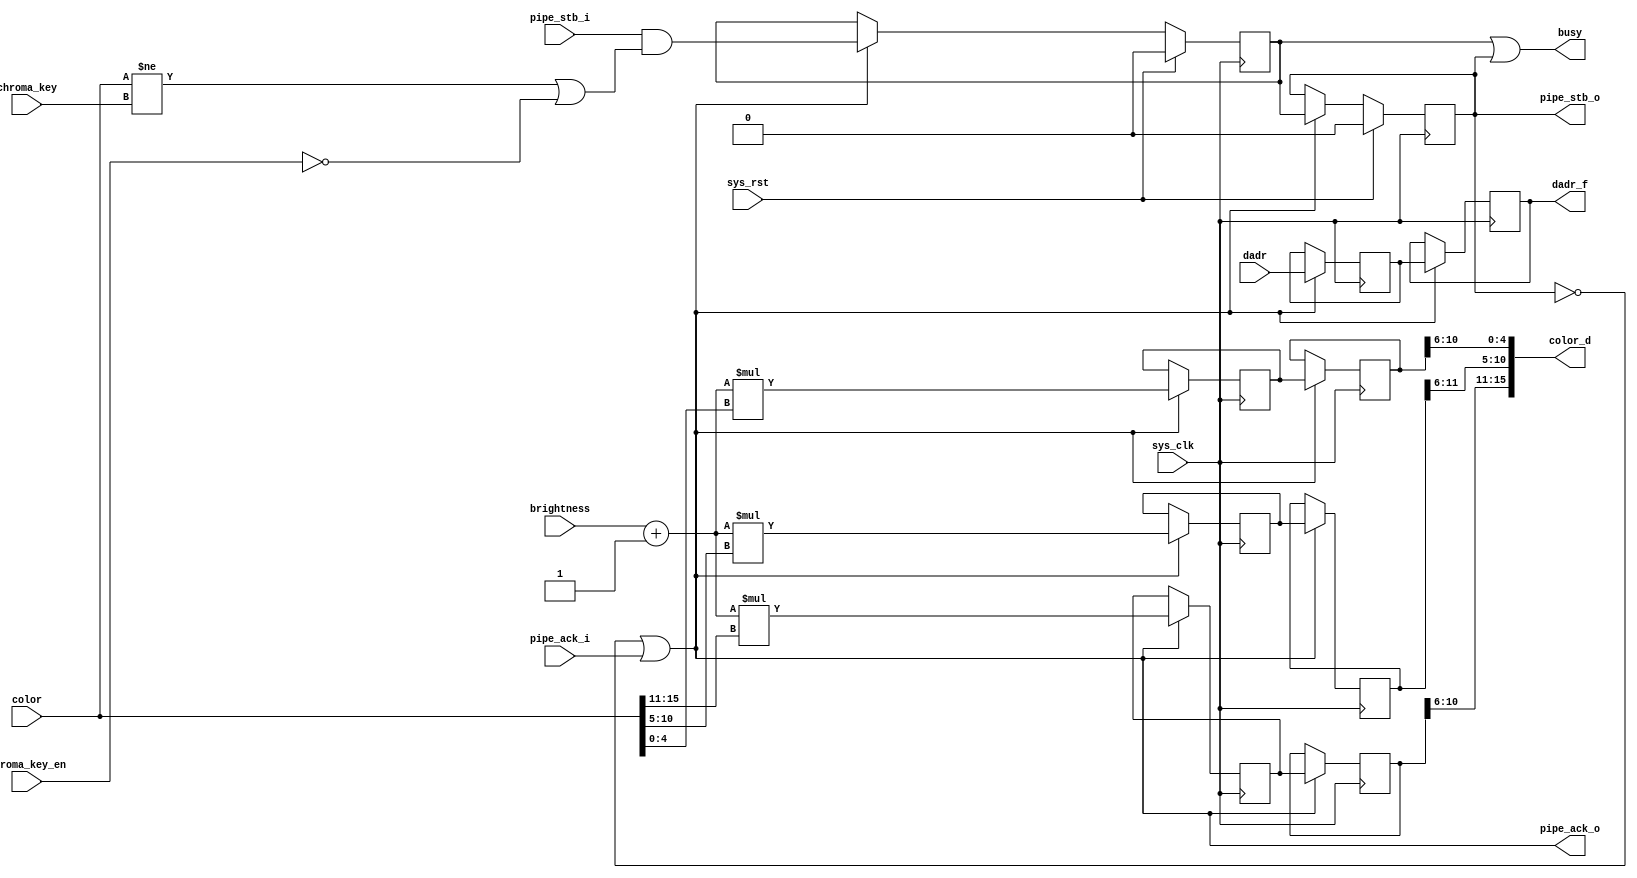
module tmu2_decay #(
	parameter fml_depth = 26
) (
	input sys_clk,
	input sys_rst,
	
	output busy,
	
	input [5:0] brightness,
	input chroma_key_en,
	input [15:0] chroma_key,
	
	input pipe_stb_i,
	output pipe_ack_o,
	input [15:0] color,
	input [fml_depth-1-1:0] dadr,
	
	output pipe_stb_o,
	input pipe_ack_i,
	output [15:0] color_d,
	output reg [fml_depth-1-1:0] dadr_f
);

wire en;
reg valid_1;
reg valid_2;

always @(posedge sys_clk) begin
	if(sys_rst) begin
		valid_1 <= 1'b0;
		valid_2 <= 1'b0;
	end else if(en) begin
		valid_1 <= pipe_stb_i & ((color != chroma_key) | ~chroma_key_en);
		valid_2 <= valid_1;
	end
end

/* Pipeline operation on two stages. */

reg [fml_depth-1-1:0] dadr_1;

wire [4:0] r = color[15:11];
wire [5:0] g = color[10:5];
wire [4:0] b = color[4:0];

reg [10:0] r_1;
reg [11:0] g_1;
reg [10:0] b_1;

reg [10:0] r_2;
reg [11:0] g_2;
reg [10:0] b_2;

always @(posedge sys_clk) begin
	if(en) begin
		dadr_1 <= dadr;
		dadr_f <= dadr_1;

		r_1 <= ({1'b0, brightness} + 7'd1)*r;
		g_1 <= ({1'b0, brightness} + 7'd1)*g;
		b_1 <= ({1'b0, brightness} + 7'd1)*b;
		
		r_2 <= r_1;
		g_2 <= g_1;
		b_2 <= b_1;
	end
end

assign color_d = {r_2[10:6], g_2[11:6], b_2[10:6]};

/* Pipeline management */

assign busy = valid_1 | valid_2;

assign pipe_ack_o = ~valid_2 | pipe_ack_i;
assign en = ~valid_2 | pipe_ack_i;

assign pipe_stb_o = valid_2;

endmodule